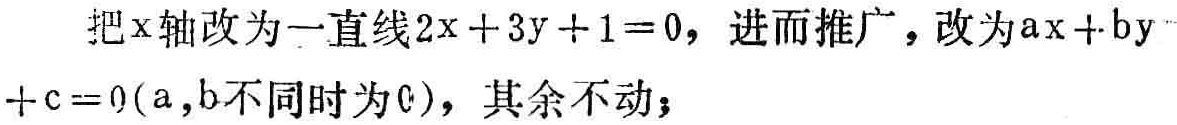
把\(x\)轴改为一直线\(2x + 3y + 1 = 0\)，进而推广，改为\(ax + by + c = 0(a,b\)不同时为\(0)\)，其余不动；